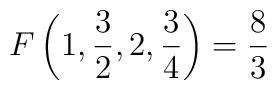
F\left(1, {{3} \over {2}}, 2, {{3} \over {4}}\right) = {{8} \over {3}}